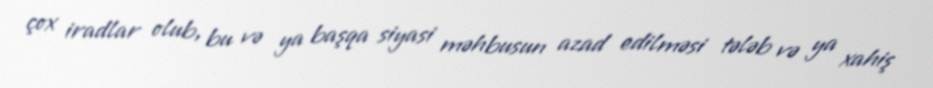
çox iradlar olub, bu və ya başqa siyasi məhbusun azad edilməsi tələb və ya xahiş